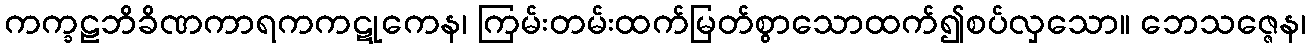
ကက္ခဠဘိခိဏကာရကကဋုကေန၊ ကြမ်းတမ်းထက်မြတ်စွာသောထက်၍စပ်လှသော။ ဘေသဇ္ဇေန၊